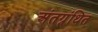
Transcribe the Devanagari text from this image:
अंतग्र्रंथित